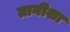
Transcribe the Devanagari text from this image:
तानीशा